Elephants and their diseases
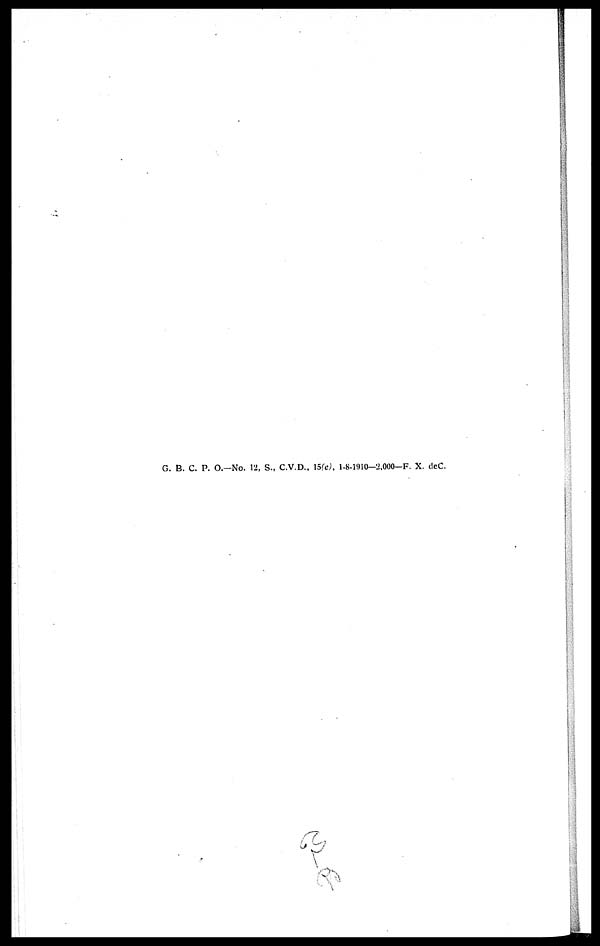
G. B. C. P. O.—No. 12, S., C.V.D., 15(e), 1-8-1910-2,000-F. X. deC.